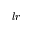
l r